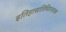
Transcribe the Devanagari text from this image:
इतिहासतिमिरनाशक